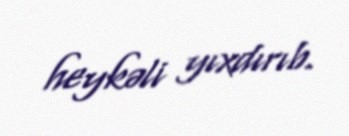
heykəli yıxdırıb.